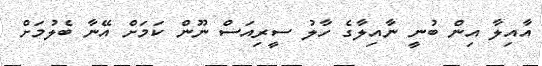
އާއިލާ އިން ބުނީ ނާއިލާގެ ހާލު ސީރިއަސް ނޫން ކަމަށް އޭނާ ބެލުމަށް